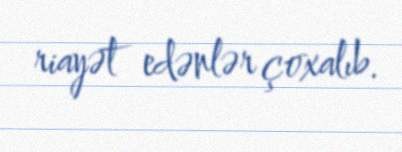
riayət edənlər çoxalıb.